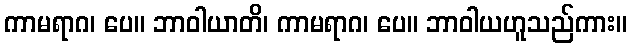
ကာမရာဂ၊ ပေ။ ဘာဝါယာတိ၊ ကာမရာဂ၊ ပေ။ ဘာဝါယဟူသည်ကား။